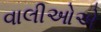
વાલીઓએ